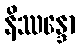
နိဿန္ဒော